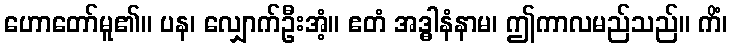
ဟောတော်မူ၏။ ပန၊ လျှောက်ဦးအံ့။ ဧတံ အဒ္ဓါနံနာမ၊ ဤကာလမည်သည်။ ကိံ၊